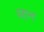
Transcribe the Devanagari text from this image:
महान्त